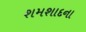
શમશાદના